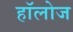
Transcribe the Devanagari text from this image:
हाॅलोज